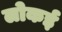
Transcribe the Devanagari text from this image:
लोकई